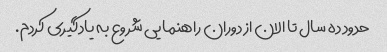
حدود ده سال تا الان از دوران راهنمایی شروع به یادگیری کردم.